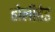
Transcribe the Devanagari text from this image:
होलीहेड